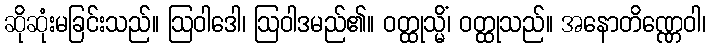
ဆိုဆုံးမခြင်းသည်။ ဩဝါဒေါ၊ ဩဝါဒမည်၏။ ဝတ္ထုသ္မိံ၊ ဝတ္ထုသည်။ အနောတိဏ္ဏေဝါ၊